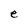
Character: e